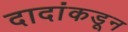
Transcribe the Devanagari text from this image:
दादांकडून